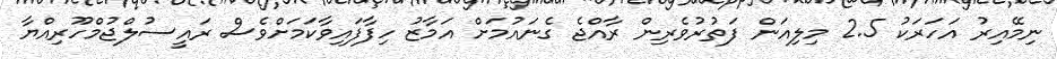
ނިމޭއިރު އަހަރަކު 2.5 މިލިއަން ފަތުރުވެރިން ރާއްޖެ ގެނައުމަށް އަމާޒު ހިފާފައިވާކަމަށްވެސް ރައީސުލްޖުމްހޫރިއްޔާ